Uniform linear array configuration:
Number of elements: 12
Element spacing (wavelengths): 0.25
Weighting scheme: blackman
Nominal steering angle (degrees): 15
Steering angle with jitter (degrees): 13.291
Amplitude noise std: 0.05
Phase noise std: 0.05

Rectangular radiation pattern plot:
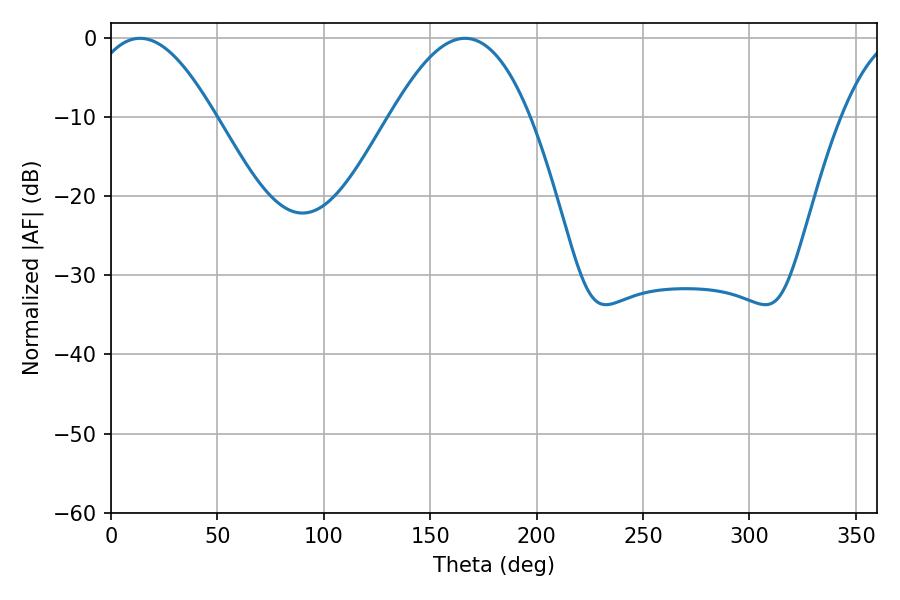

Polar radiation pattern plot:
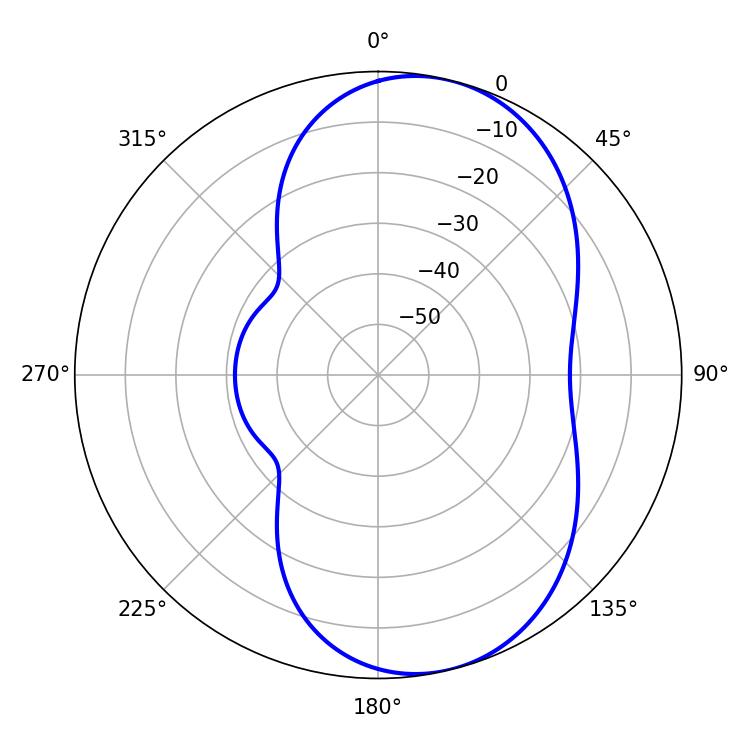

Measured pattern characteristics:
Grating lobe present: FALSE
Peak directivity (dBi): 7.546
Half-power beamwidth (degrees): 32.22
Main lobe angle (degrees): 13.68